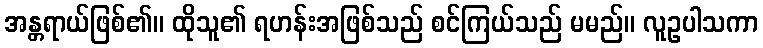
အန္တရာယ်ဖြစ်၏။ ထိုသူ၏ ရဟန်းအဖြစ်သည် စင်ကြယ်သည် မမည်။ လူဥပါသကာ